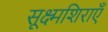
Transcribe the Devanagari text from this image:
सूक्ष्मशिराएँ